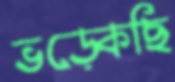
ভড়্‌কেছি